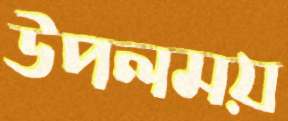
উপলময়